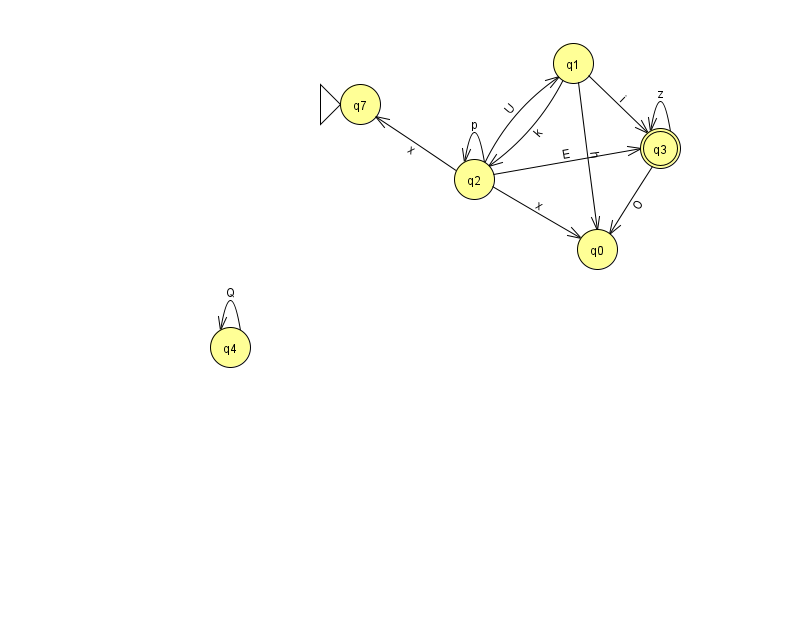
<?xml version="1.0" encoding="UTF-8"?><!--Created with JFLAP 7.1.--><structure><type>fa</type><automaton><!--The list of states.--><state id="0" name="q0"><x>597.0</x><y>236.0</y></state><state id="1" name="q1"><x>573.0</x><y>50.0</y></state><state id="2" name="q2"><x>474.0</x><y>166.0</y></state><state id="3" name="q3"><x>660.0</x><y>135.0</y><final/></state><state id="4" name="q4"><x>230.0</x><y>334.0</y></state><state id="7" name="q7"><x>360.0</x><y>91.0</y><initial/></state><!--The list of transitions.--><transition><from>1</from><to>2</to><read>k</read></transition><transition><from>1</from><to>3</to><read>i</read></transition><transition><from>2</from><to>2</to><read>p</read></transition><transition><from>2</from><to>7</to><read>x</read></transition><transition><from>4</from><to>4</to><read>Q</read></transition><transition><from>3</from><to>0</to><read>O</read></transition><transition><from>2</from><to>0</to><read>x</read></transition><transition><from>2</from><to>3</to><read>E</read></transition><transition><from>3</from><to>3</to><read>z</read></transition><transition><from>1</from><to>0</to><read>h</read></transition><transition><from>2</from><to>1</to><read>U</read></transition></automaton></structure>